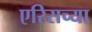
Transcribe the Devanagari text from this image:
एरिसच्या